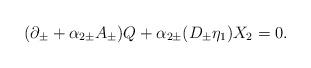
LaTeX: \begin{align*}(\partial_{\pm} + \alpha_{2\pm} A_{\pm}) Q+ \alpha_{2\pm} (D_{\pm}\eta_1) X_2 =0.\end{align*}